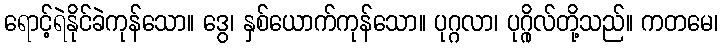
ရောင့်ရဲနိုင်ခဲကုန်သော။ ဒွေ၊ နှစ်ယောက်ကုန်သော။ ပုဂ္ဂလာ၊ ပုဂ္ဂိုလ်တို့သည်။ ကတမေ၊